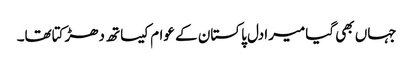
جہاں بھی گیامیرادل پاکستان کے عوام کیساتھ دھڑکتاتھا۔